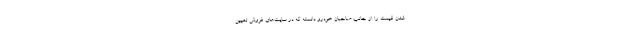
شدن قیمت را از جانب صاحبان خودرو دانسته که در سایت‌های فروش تعیین